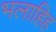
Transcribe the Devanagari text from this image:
भलाहिह